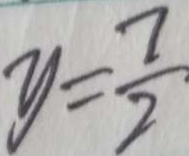
y = \frac { 7 } { 2 }